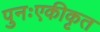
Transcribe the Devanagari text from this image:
पुनःएकीकृत